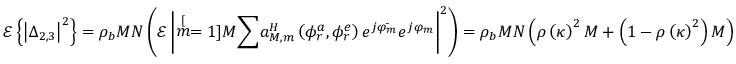
\mathscr { E } \left\{ \left| \Delta _ { 2 , 3 } \right| ^ { 2 } \right\} = \rho _ { b } M N \left( \mathscr { E } \left| \stackrel [ m = 1 ] { M } { \sum } a _ { M , m } ^ { H } \left( \phi _ { r } ^ { a } , \phi _ { r } ^ { e } \right) e ^ { j \bar { \varphi _ { m } } } e ^ { j \varphi _ { m } } \right| ^ { 2 } \right) = \rho _ { b } M N \left( \rho \left( \kappa \right) ^ { 2 } M + \left( 1 - \rho \left( \kappa \right) ^ { 2 } \right) M \right)